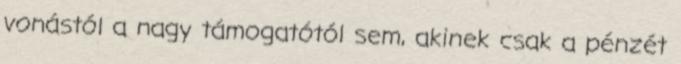
vonástól a nagy támogatótól sem, akinek csak a pénzét